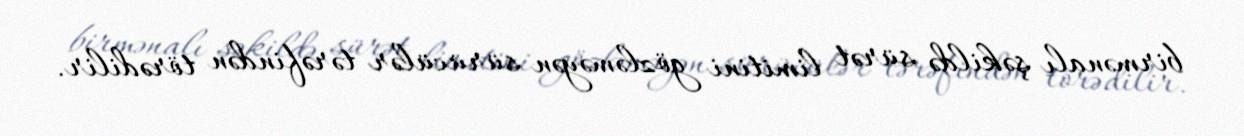
birmənalı şəkildə sürət limitini gözləməyən sürücülər tərəfindən törədilir.